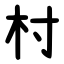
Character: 村